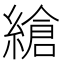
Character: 𦃹